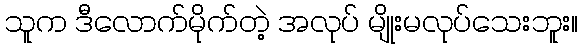
သူက ဒီလောက်မိုက်တဲ့ အလုပ် မျိုးမလုပ်သေးဘူး။